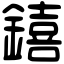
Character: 𨭎